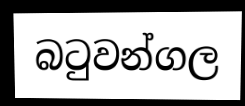
බටුවන්ගල